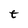
Character: t